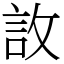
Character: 䚺